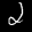
Label: 2